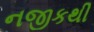
નજીકથી